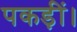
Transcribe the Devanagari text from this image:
पकड़ीं।